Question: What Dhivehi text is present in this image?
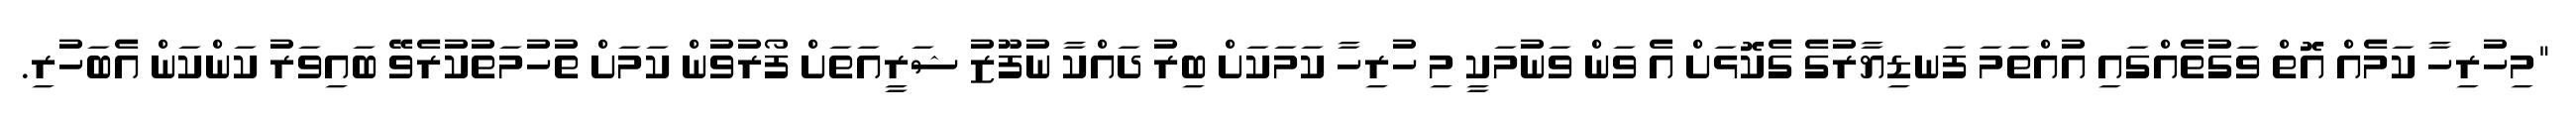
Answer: "މިހުރިހާ ކަމެއް އޮތް ވަގުތެއްގައި އުއްތަމަ ފަނޑިޔާރުގެ ގެކޮޅަށް އެ ވަން ވަނުމަކީ މި ހުރިހާ ކަމަކަށް ބިރު ދައްކާ ނުފޫޒު ޝަރީއަތަށް ފޯރުވުން ކަމަށް ތުހުމަތުކުރެވޭ ބައިވަރު ކަންކަން އެބަހުރި.